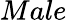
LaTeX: Male